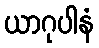
ယာဂုပါနံ